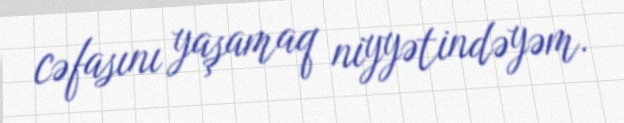
cəfasını yaşamaq niyyətindəyəm.